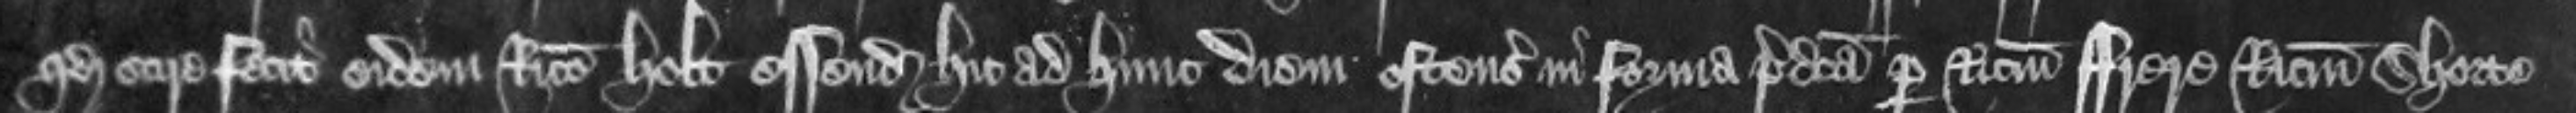
quod scire fecit eidem Ricardo Holt essendo hic ad hunc diem ostensuro in forma predicta per Ricardum Frere Ricardum Shorte